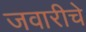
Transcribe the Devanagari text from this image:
जवारीचे